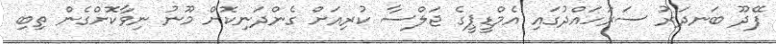
ފޭދޫ ބަނދަރު ސަރަހައްދުގައި އެމްޑީޕީގެ ޖަލްސާ ކުރިއަށް ގެންދަނިކޮށް މޫނު ނިވާކޮށްގެން ތިބި